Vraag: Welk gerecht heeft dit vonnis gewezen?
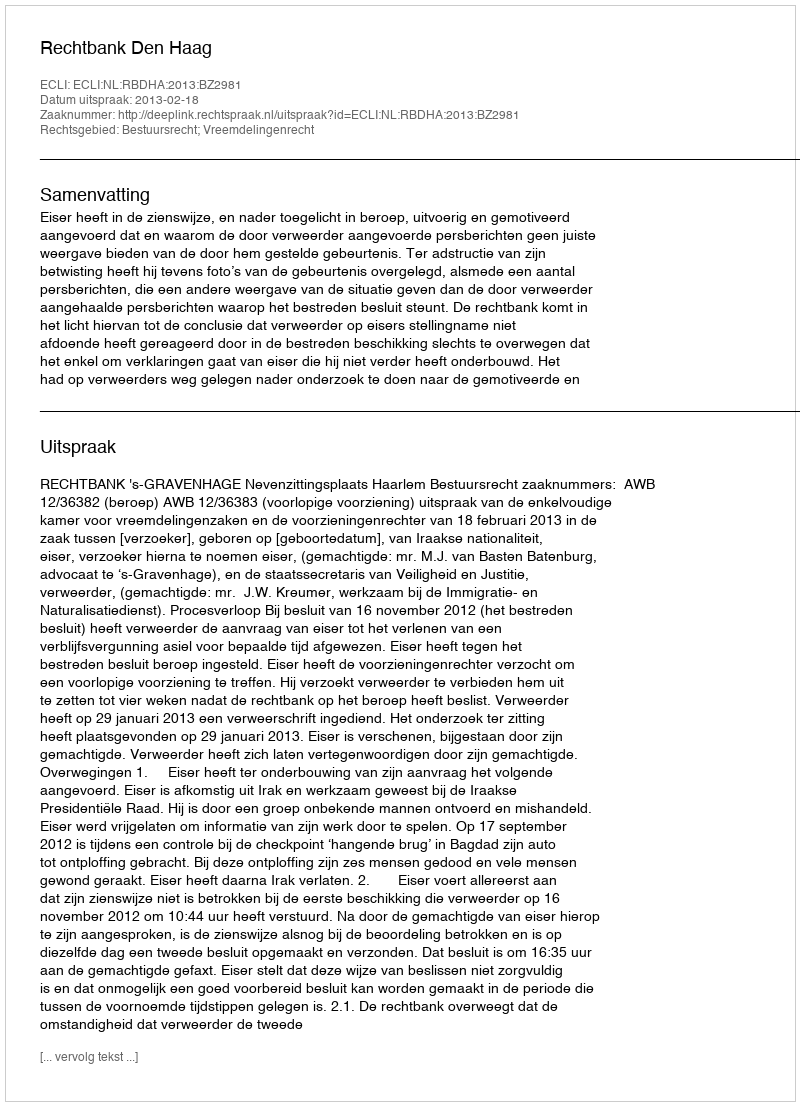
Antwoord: Rechtbank Den Haag